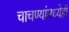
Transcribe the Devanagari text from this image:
चाचण्यांमध्येही